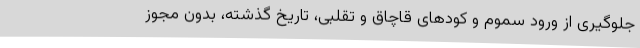
جلوگیری از ورود سموم و کودهای قاچاق و تقلبی، تاریخ گذشته، بدون مجوز